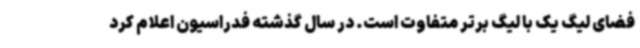
فضای لیگ یک با لیگ برتر متفاوت است. در سال گذشته فدراسیون اعلام کرد